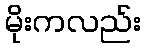
မိုးကလည်း